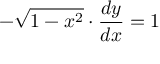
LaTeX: - { \sqrt { 1 - x ^ { 2 } } } \cdot { \frac { d y } { d x } } = 1